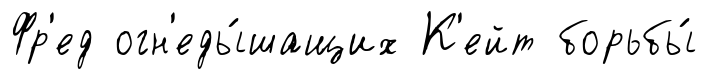
Фр'ед огн'еды́шащих К'ейт борьбы́